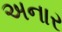
અનાર